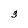
Character: 3